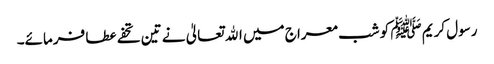
رسول کریم ﷺ کو شب معراج میں اﷲ تعالیٰ نے تین تحفے عطا فرمائے۔